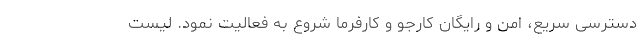
دسترسی سریع، امن و رایگان کارجو و کارفرما شروع به فعالیت نمود. لیست